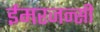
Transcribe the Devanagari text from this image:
ईमरजन्सी